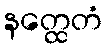
နတ္ထေတံ